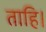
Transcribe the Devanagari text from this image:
ताहि।